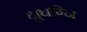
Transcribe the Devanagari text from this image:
क्षुधग्नि